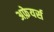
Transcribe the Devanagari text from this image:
अफ़ेयर्स